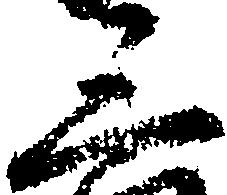
三